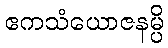
ဧကသံယောဇနမ္ပိ